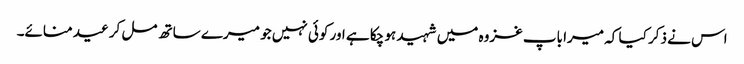
اس نے ذکر کیا کہ میرا باپ غزوہ میں شہید ہو چکا ہے اور کوئی نہیں جو میرے ساتھ مل کر عید منائے۔